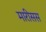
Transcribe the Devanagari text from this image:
मारीसस